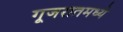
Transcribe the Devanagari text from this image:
गूजरातमध्ये